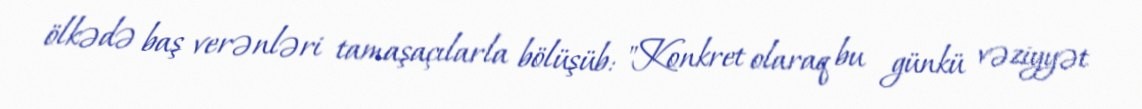
ölkədə baş verənləri tamaşaçılarla bölüşüb: "Konkret olaraq bu günkü vəziyyət